Lunatic asylums United Prov. 1922-30 - 1922-1930
Year: 1922
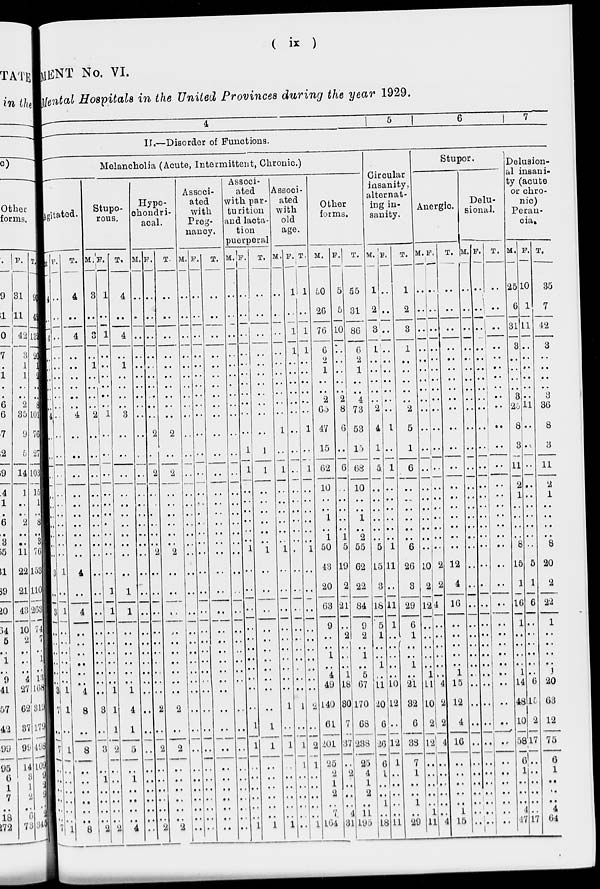
( ix )
MENT No. VI.
Mental Hospitals in the United Provinces during the year 1929.
4
5
6
7
II.—Disorder of Functions.
Melancholia (Acute, Intermittent, Chronic.)
Agitated.
M
4
..
4
..
..
..
..
..
..
4
..
..
..
..
..
..
..
..
..
..
3
..
3
..
..
..
..
..
..
3
7
..
7
..
..
..
..
..
..
7
F.
..
..
..
..
..
..
..
..
..
..
..
..
..
..
..
..
..
..
..
..
1
..
1
..
..
..
..
..
..
1
1
..
1
..
..
..
..
..
..
1
T.
4
..
4
..
..
..
..
..
..
4
..
..
..
..
..
..
..
..
..
..
4
..
4
..
..
..
..
..
..
4
8
..
8
..
..
..
..
..
..
8
Stupo-
rous.
M.
3
..
3
..
1
..
..
..
..
2
..
..
..
..
..
..
..
..
..
..
..
..
..
..
..
..
..
..
..
..
3
..
3
..
1
..
..
..
..
2
F.
1
..
1
..
..
..
..
..
..
1
..
..
..
..
..
..
..
..
..
..
..
1
1
..
..
..
..
..
..
1
1
1
2
..
..
..
..
..
..
2
T.
4
..
4
..
1
..
..
..
..
3
..
..
..
..
..
..
..
..
..
..
..
1
1
..
..
..
..
..
..
1
4
1
5
..
1
..
..
..
..
4
Hypo-
chondri-
acal.
M.
..
..
..
..
..
..
..
..
..
..
..
..
..
..
..
..
..
..
..
..
..
..
..
..
..
..
..
..
..
..
..
..
..
..
..
..
..
..
..
..
F.
..
..
..
..
..
..
..
..
..
..
2
..
2
..
..
..
..
..
..
2
..
..
..
..
..
..
..
..
..
..
2
..
2
..
..
..
..
..
..
2
T.
..
..
..
..
..
..
..
..
..
..
2
..
2
..
..
..
..
..
..
2
..
..
..
..
..
..
..
..
..
..
2
..
2
..
..
..
..
..
..
2
Associ-
ated
with
Preg-
nancy.
M.
..
..
..
..
..
..
..
..
..
..
..
..
..
..
..
..
..
..
..
..
..
..
..
..
..
..
..
..
..
..
..
..
..
..
..
..
..
..
..
..
F.
..
..
..
..
..
..
..
..
..
..
..
..
..
..
..
..
..
..
..
..
..
..
..
..
..
..
..
..
..
..
..
..
..
..
..
..
..
..
..
..
T.
..
..
..
..
..
..
..
..
..
..
..
..
..
..
..
..
..
..
..
..
..
..
..
..
..
..
..
..
..
..
..
..
..
..
..
..
..
..
..
..
Associ-
ated
with par-
turition
and lacta-
tion
puerperal
M.
..
..
..
..
..
..
..
..
..
..
..
..
..
..
..
..
..
..
..
..
..
..
..
..
..
..
..
..
..
..
..
..
..
..
..
..
..
..
..
..
F.
..
..
..
..
..
..
..
..
..
..
..
1
1
..
..
..
..
..
..
1
..
..
..
..
..
..
..
..
..
..
..
1
1
..
..
..
..
..
..
1
T.
..
..
..
..
..
..
..
..
..
..
..
1
1
..
..
..
..
..
..
1
..
..
..
..
..
..
..
..
..
..
..
1
1
..
..
..
..
..
..
1
Associ-
ated
with
old
age.
M.
..
..
..
..
..
..
..
..
..
..
1
..
1
..
..
..
..
..
..
1
..
..
..
..
..
..
..
..
..
..
1
..
1
..
..
..
..
..
..
1
F.
1
..
1
1
..
..
..
..
..
..
..
..
..
..
..
..
..
..
..
..
..
..
..
..
..
..
..
..
..
..
1
..
1
1
..
..
..
..
..
..
T.
1
..
1
1
..
..
..
..
..
..
1
..
1
..
..
..
..
..
..
1
..
..
..
..
..
..
..
..
..
..
2
..
2
1
..
..
..
..
..
1
Other
forms.
M.
50
26
76
6
2
1
..
..
2
65
47
15
62
10
..
..
1
..
1
50
43
20
63
9
..
..
1
..
4
49
140
61
201
25
2
1
2
..
7
164
F.
5
5
10
..
..
..
..
2
8
6
..
6
..
..
..
..
..
1
5
19
2
21
..
2
..
..
..
1
18
30
7
37
..
2
..
..
..
4
31
T.
55
31
86
6
2
1
..
..
4
73
53
15
68
10
..
..
1
..
2
55
62
22
84
9
2
..
1
..
5
67
170
68
238
25
4
1
2
..
11
195
Circular
insanity,
alternat-
ing in-
sanity.
M.
1
2
3
1
..
..
..
..
..
2
4
1
5
..
..
..
..
..
..
5
15
3
18
5
1
..
..
1
..
11
20
6
26
6
1
..
..
1
..
18
F.
..
..
..
..
..
..
..
..
..
..
1
..
1
..
..
..
..
..
..
1
11
..
11
1
..
..
..
..
..
10
12
..
12
1
..
..
..
..
..
11
T.
1
2
3
1
..
..
..
..
..
2
5
1
6
..
..
..
..
..
..
6
26
3
29
6
1
..
..
1
..
21
32
6
38
7
1
..
..
1
..
29
Stupor.
Anergic.
M.
..
..
..
..
..
..
..
..
..
..
..
..
..
..
..
..
..
..
..
..
10
2
12
..
..
..
..
..
1
11
10
2
12
..
..
..
..
..
1
11
F.
..
..
..
..
..
..
..
..
..
..
..
..
..
..
..
..
..
..
..
..
2
2
4
..
..
..
..
..
..
4
2
2
4
..
..
..
..
..
..
4
T.
..
..
..
..
..
..
..
..
..
..
..
..
..
..
..
..
..
..
..
..
12
4
16
..
..
..
..
..
1
15
12
4
16
..
..
..
..
..
1
15
Delu-
sional.
M.
..
..
..
..
..
..
..
..
..
..
..
..
..
..
..
..
..
..
..
..
..
..
..
..
..
..
..
..
..
..
..
..
..
..
..
..
..
..
..
..
F.
..
..
..
..
..
..
..
..
..
..
..
..
..
..
..
..
..
..
..
..
..
..
..
..
..
..
..
..
..
..
..
..
..
..
..
..
..
..
..
..
T.
..
..
..
..
..
..
..
..
..
..
..
..
..
..
..
..
..
..
..
..
..
..
..
..
..
..
..
..
..
..
..
..
..
..
..
..
..
..
..
..
Delusion-
al insani-
ty (acute
or chro-
nic)
Peran-
cia.
M.
25
6
31
3
..
..
..
..
3
25
8
3
11
2
1
..
..
..
..
8
15
1
16
1
..
..
..
..
1
14
48
10
58
6
1
..
..
..
4
47
F.
10
1
11
..
..
..
..
..
..
11
..
..
..
..
..
..
..
..
..
..
5
1
6
..
..
..
..
..
..
6
15
2
17
..
..
..
..
..
..
17
T.
35
7
42
3
..
..
..
..
3
36
8
3
11
2
1
..
..
..
..
8
20
2
22
1
..
..
..
..
1
20
63
12
75
6
1
..
..
..
4
64